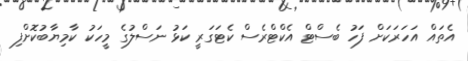
އެތައް އަހަރަކަށް ފަހު ބެސްޓް އެކްޓްރެސް ކެޓަގަރީ ކަޅު ނަސްލުގެ މީހަކު ކާމިޔާބުކޮށްފި